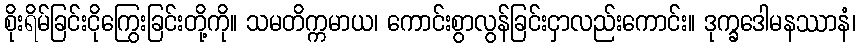
စိုးရိမ်ခြင်းငိုကြွေးခြင်းတို့ကို။ သမတိက္ကမာယ၊ ကောင်းစွာလွန်ခြင်းငှာလည်းကောင်း။ ဒုက္ခဒေါမနဿာနံ၊